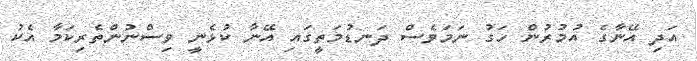
އަދި އޭނާގެ އުމުރުން ހަގު ނަމަވެސް ދަނޑުމަތީގައި އޭނާ ކުޅެނީ ވިސްނުންތެރިކަމާ އެކު